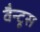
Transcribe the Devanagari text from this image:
वैन्टूस